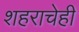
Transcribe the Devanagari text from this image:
शहराचेही